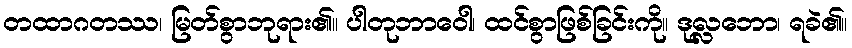
တထာဂတဿ၊ မြတ်စွာဘုရား၏။ ပါတုဘာဝေါ၊ ထင်စွာဖြစ်ခြင်းကို။ ဒုလ္လဘော၊ ရခဲ၏။